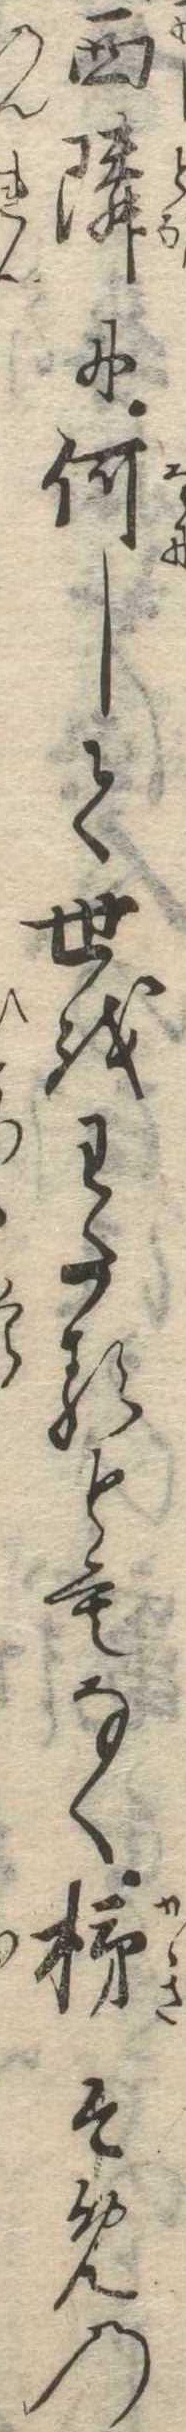
西隣に何して世をわたるともなく柿ぞめの